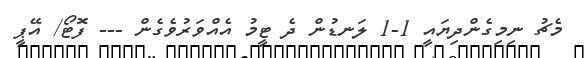
މެޗު ނިމިގެންދިޔައީ 1-1 ލަނޑުން ދެ ޓީމު އެއްވަރުވެގެން --- ފޮޓޯ/ އޭޕީ